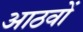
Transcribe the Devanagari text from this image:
आठवों